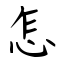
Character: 怎